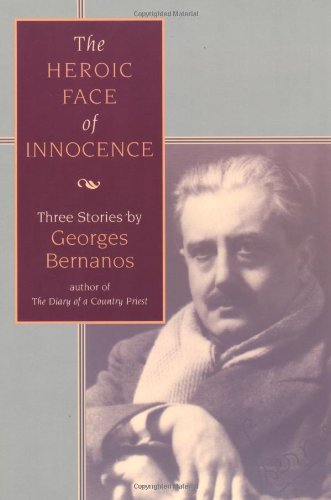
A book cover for The Heroic Face of Innocence : Three Stories by Georges Bernanos; Georges Bernanos; Christian Books & Bibles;